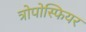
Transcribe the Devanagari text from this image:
त्रोपोस्फियर